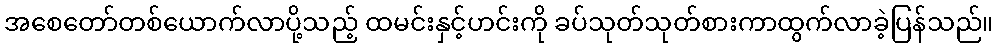
အစေတော်တစ်ယောက်လာပို့သည့် ထမင်းနှင့်ဟင်းကို ခပ်သုတ်သုတ်စားကာထွက်လာခဲ့ပြန်သည်။